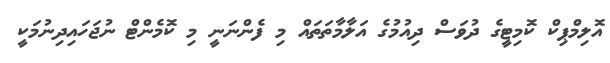
އޮލިމްޕިކް ކޮމިޓީގެ ދުވަސް ދިއުމުގެ އަލާމާތަތައް މި ފެންނަނީ މި ކޮމެންޓް ނުޖަހައިދިނުމަކީ